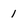
Character: 1